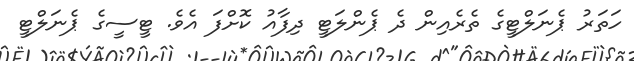
ހަތަރު ޕެނަލްޓީގެ ތެރެއިން ދެ ޕެންލަޓީ ދިފާއު ކޮށްފަ އެވެ. ޓީސީގެ ޕެނަލްޓީ